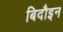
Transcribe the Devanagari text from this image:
बिदौइन